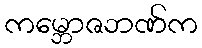
ကမ္ဘောဇဘဏ်က